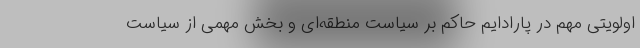
اولویتی مهم در پارادایم حاکم بر سیاست منطقه‌ای و بخش مهمی از سیاست